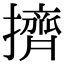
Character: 擠